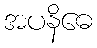
အပနိဓေ